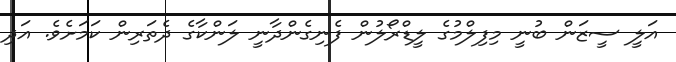
އަލީ ސީޒަން ބުނީ މިފިލްމުގެ ލީޑްރޯލުން ފެނިގެންދާނީ ލަންކާގެ ދެތަރިން ކަމަށެވެ. އަދި